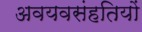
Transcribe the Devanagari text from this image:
अवयवसंहतियों